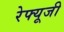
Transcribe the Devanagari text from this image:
रेफ्यूजी